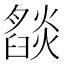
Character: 𬋓